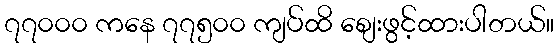
၇၇၀၀၀ ကနေ ၇၇၅၀၀ ကျပ်ထိ စျေးဖွင့်ထားပါတယ်။